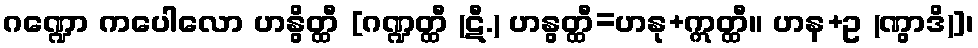
ဂဏ္ဍော ကပေါလော ဟနွိတ္ထီ [ဂဏ္ဍတ္ထီ (ဋီ.) ဟနွတ္ထီ=ဟနု+ဣတ္ထီ။ ဟန+ဥ (ဏွာဒိ)]၊